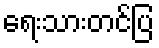
ရေးသားတင်ပြ